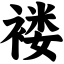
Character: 褛